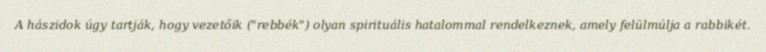
A hászidok úgy tartják, hogy vezetőik ("rebbék") olyan spirituális hatalommal rendelkeznek, amely felülmúlja a rabbikét.